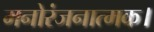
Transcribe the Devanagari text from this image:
मनोरंजनात्मक।